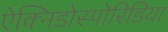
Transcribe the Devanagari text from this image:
ऐक्निडोस्पोरिडिया